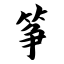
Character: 筝